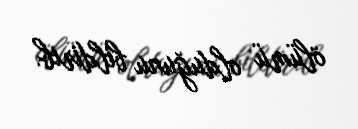
ölümü olduğunu bildirib.